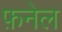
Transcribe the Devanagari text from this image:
फ़नेल